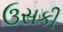
ઉસકી